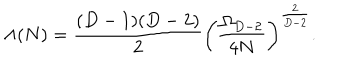
LaTeX: \Lambda ( N ) = { \frac { ( D - 1 ) ( D - 2 ) } { 2 } } \left( { \frac { \Omega _ { D - 2 } } { 4 N } } \right) ^ { \frac { 2 } { D - 2 } } .